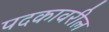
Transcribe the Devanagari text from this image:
पदकावरील